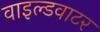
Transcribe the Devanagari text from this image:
वाइल्डवाटर